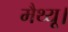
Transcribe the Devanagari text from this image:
मैथ्यू।